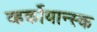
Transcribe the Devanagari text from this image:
व्हर्कोयान्स्क